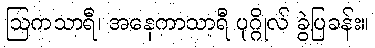
ဩကသာရီ၊ အနေကာသာရီ ပုဂ္ဂိုလ် ခွဲပြခန်း။